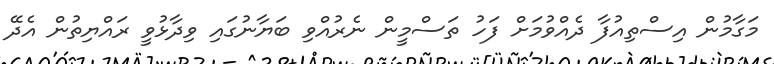
މަގާމުން އިސްތިއުފާ ދެއްވުމަށް ފަހު ތަސްމީން ނެރުއްވި ބަޔާނުގައި ވިދާޅުވީ ރައްޔިތުން އެދޭ